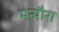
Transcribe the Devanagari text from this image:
मन्यौरा